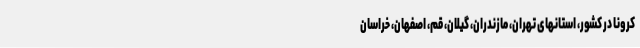
کرونا در کشور، استانهای تهران، مازندران، گیلان، قم، اصفهان، خراسان